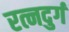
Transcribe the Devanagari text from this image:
रत्नदुर्ग